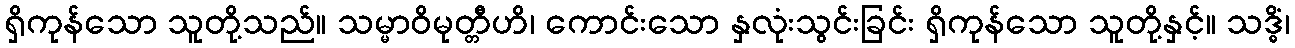
ရှိကုန်သော သူတို့သည်။ သမ္မာဝိမုတ္တီဟိ၊ ကောင်းသော နှလုံးသွင်းခြင်း ရှိကုန်သော သူတို့နှင့်။ သဒ္ဓိံ၊